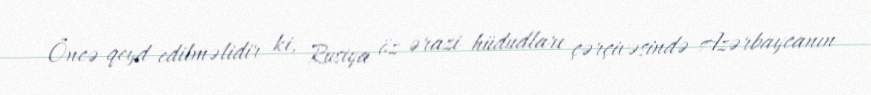
Öncə qeyd edilməlidir ki, Rusiya öz ərazi hüdudları çərçivəsində Azərbaycanın